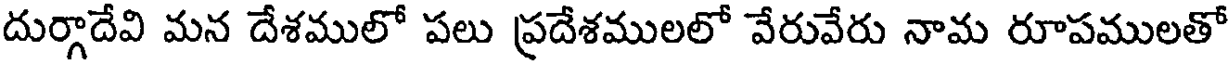
దుర్గాదేవి మన దేశములో పలు ప్రదేశములలో వేరువేరు నామ రూపములతో